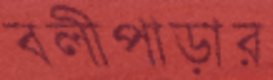
বলীপাড়ার